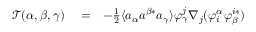
\begin{array} { r l r } { \mathcal { T } ( \alpha , \beta , \gamma ) } & { { } = } & { - \frac { 1 } { 2 } \langle a _ { \alpha } a ^ { \beta * } a _ { \gamma } \rangle \varphi _ { \gamma } ^ { j } \nabla _ { j } ( \varphi _ { i } ^ { \alpha } \varphi _ { \beta } ^ { i * } ) } \end{array}